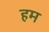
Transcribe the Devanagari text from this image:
हम